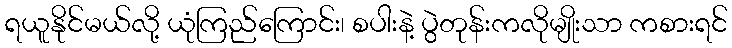
ရယူနိုင်မယ်လို့ ယုံကြည်ကြောင်း၊ စပါးနဲ့ ပွဲတုန်းကလိုမျိုးသာ ကစားရင်